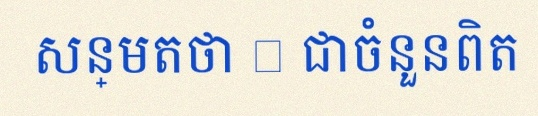
សន្មតថា x ជាចំនួនពិត